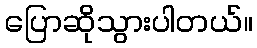
ပြောဆိုသွားပါတယ်။